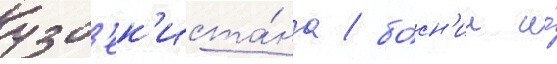
узб'ек'иста́на / бо́сн'ии и́